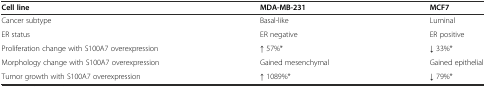
<table><thead><tr><td><b>Cell line</b></td><td><b>MDA-MB-231</b></td><td><b>MCF7</b></td></tr></thead><tbody><tr><td>Cancer subtype</td><td>Basal-like</td><td>Luminal</td></tr><tr><td>ER status</td><td>ER negative</td><td>ER positive</td></tr><tr><td>Proliferation change with S100A7 overexpression</td><td>↑ 57%*</td><td>↓ 33%*</td></tr><tr><td>Morphology change with S100A7 overexpression</td><td>Gained mesenchymal</td><td>Gained epithelial</td></tr><tr><td>Tumor growth with S100A7 overexpression</td><td>↑ 1089%*</td><td>↓ 79%*</td></tr></tbody></table>